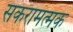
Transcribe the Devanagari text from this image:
सकरामत्मक